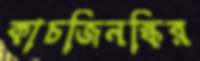
কাচজিনস্কির